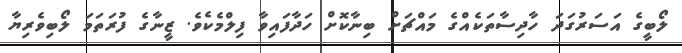
ލޯބީގެ އަސަރުގަދަ ހާދިސާތަކެއްގެ މައްޗަށް ބިނާކޮށް ހަދާފައިވާ ފިލްމެކެވެ. ޒީނާގެ ފުރަތަމަ ލޯބިވެރިޔާ